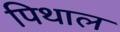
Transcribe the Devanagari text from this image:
पिथाल